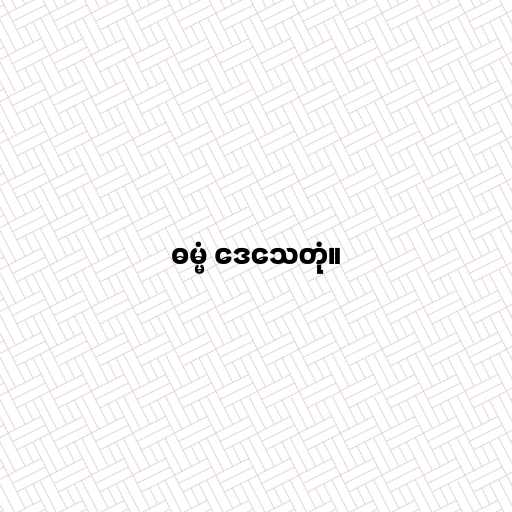
ဓမ္မံ ဒေသေတုံ။